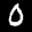
Label: 0